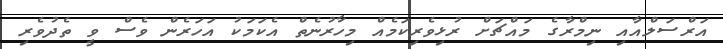
އަރްސަލްއާއި ނިމްރާގެ މައްޗަށް ރުޅިވެރިކަމެއް މިހާރުނެތް އެކަމަކު އަހަރެން ވެސް ވީ ތެދުވެރި